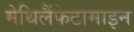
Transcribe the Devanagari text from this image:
मेथिलैंफेटामाइन